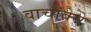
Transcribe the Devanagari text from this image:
वाचावेसे